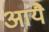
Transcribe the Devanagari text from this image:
आयै